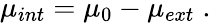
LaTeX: \mu_{int}=\mu_{0}-\mu_{ext}\; .